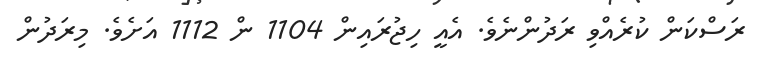
ރަސްކަން ކުރެއްވި ރަދުންނެވެ. އެއީ ހިޖުރައިން 1104 ން 1112 އަށެވެ. މިރަދުން